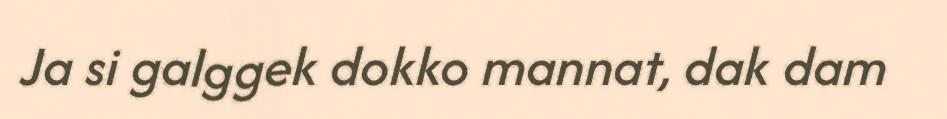
Ja si galggek dokko mannat, dak dam